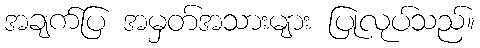
အချက်ပြ အမှတ်အသားများ ပြုလုပ်သည်။